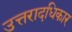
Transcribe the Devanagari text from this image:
उत्तरादधिकार